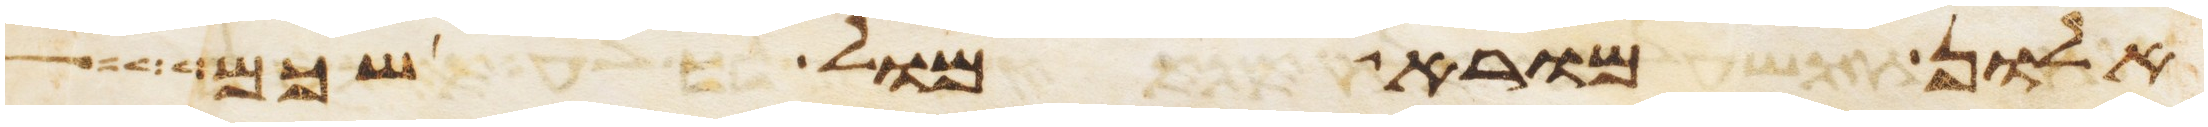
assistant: אלון מורא מול שכם